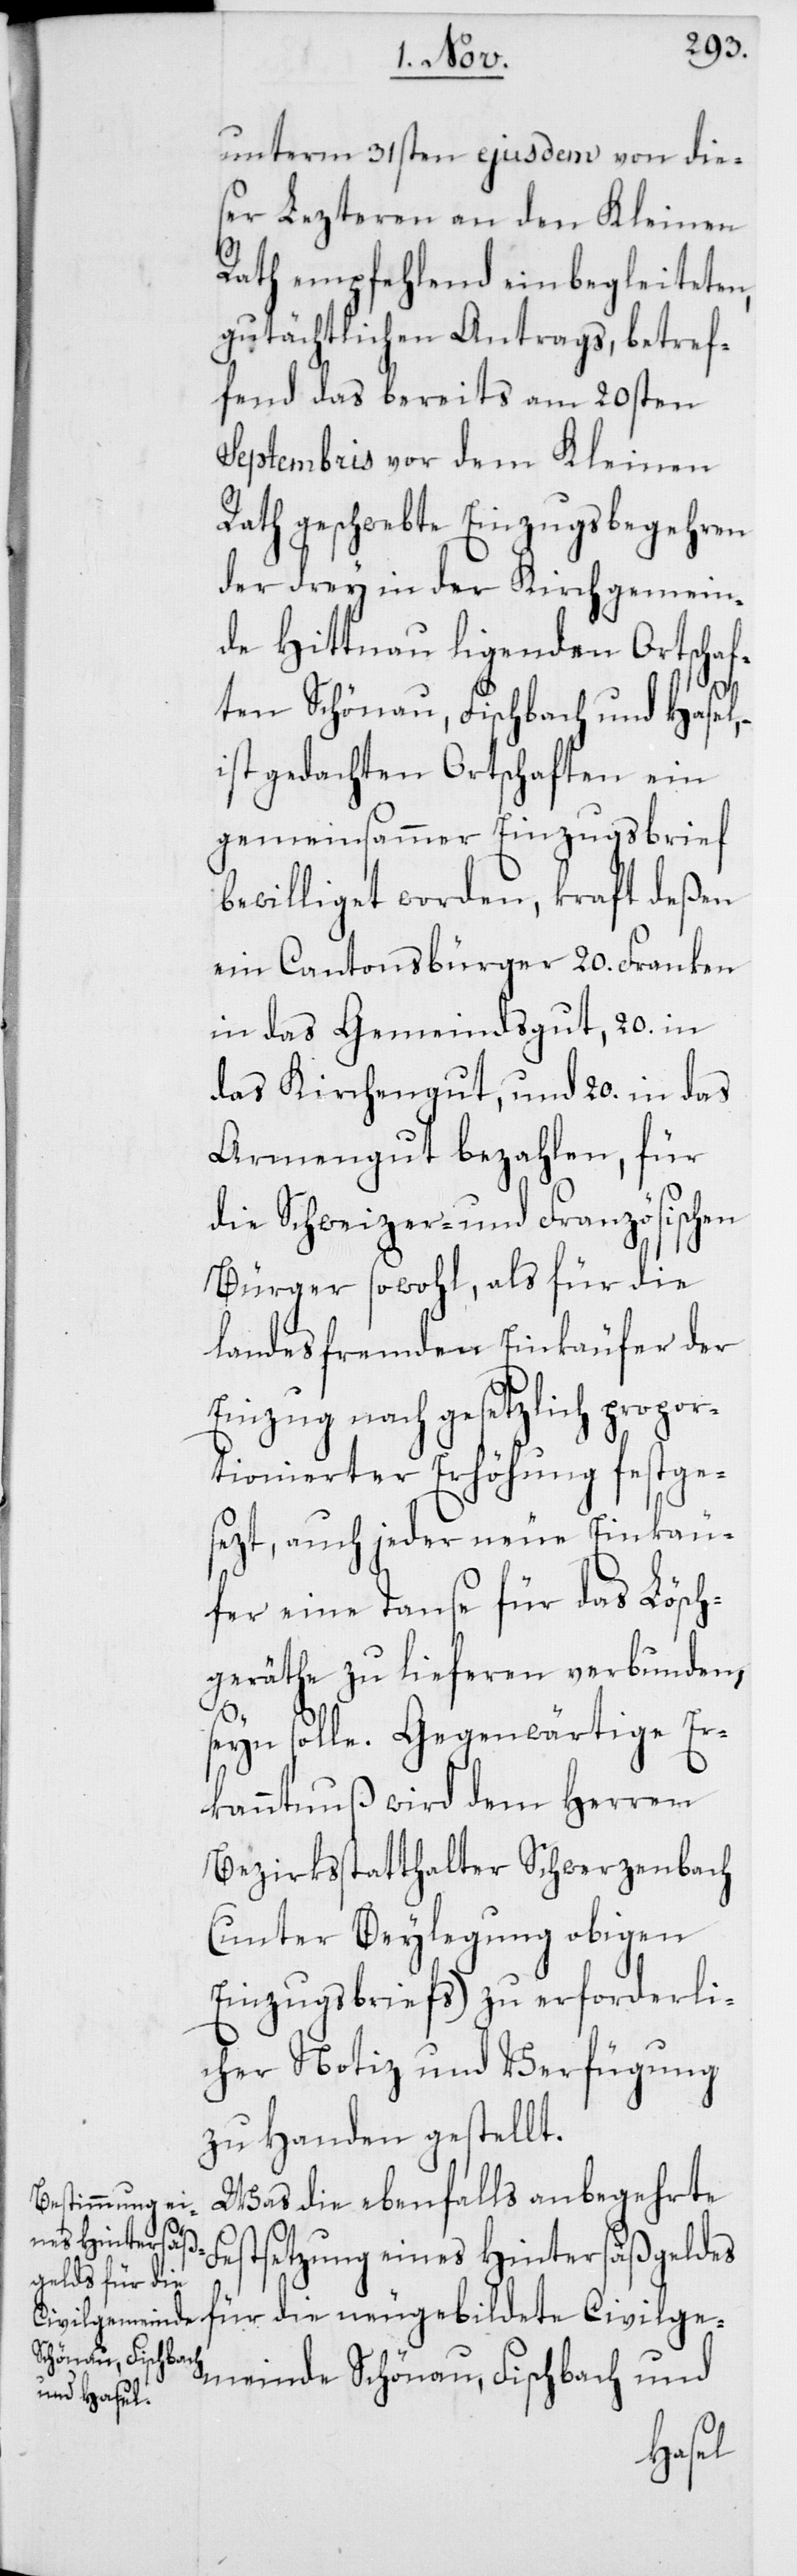
unterm 31sten ejusdem von die¬
ser Lezteren an den Kleinen
Rath empfehlend einbegleiteten,
gutächtlichen Antrags, betref¬
fend das bereits am 20sten
Septembris vor dem Kleinen
Rath geschwebte Einzugsbegehren
der drey in der Kirchgemein¬
de Hittnau ligenden Ortschaf¬
ten Schönau, Fischbach und Hasel, –
ist gedachten Ortschaften ein
gemeinsammer Einzugsbrief
bewilliget worden, kraft deßen
ein Cantonsbürger 20. Franken
in das Gemeindsgut, 20. in
das Kirchengut, und 20. in das
Armengut bezahlen, für
die Schweizer- und Französischen
Bürger sowohl, als für die
landesfremden Einkäufer der
Einzug nach gesetzlich propor¬
tionierter Erhöhung festge¬
sezt, auch jeder neue Einkäu¬
fer eine Tanse für das Lösch¬
geräthe zu lieferen verbunden,
seyn solle. Gegenwärtige Er¬
kanntnuß wird dem Herren
Bezirksstatthalter Schwerzenbach
(unter Beylegung obigen
Einzugsbriefs) zu erforderli¬
cher Notiz und Verfügung
zu Handen gestellt.
Was die ebenfalls anbegehrte
Civil¬
Festsetzung eines Hintersäßgeldes
gemeinde Schönau, Fischbach und